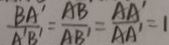
\frac { B A ^ { \prime } } { A ^ { \prime } B ^ { \prime } } = \frac { A B } { A B ^ { \prime } } = \frac { A A ^ { \prime } } { A A ^ { \prime } } = 1